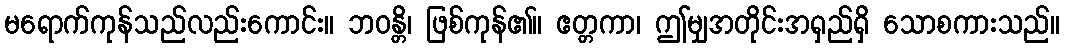
မရောက်ကုန်သည်လည်းကောင်း။ ဘဝန္တိ၊ ဖြစ်ကုန်၏။ ဧတ္တကာ၊ ဤမျှအတိုင်းအရှည်ရှိ သောစကားသည်။